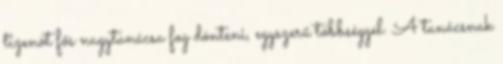
tizenöt fős nagytanácsa fog dönteni, egyszerű többséggel. A tanácsnak